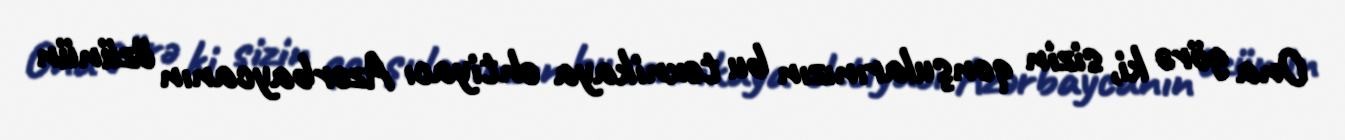
Ona görə ki, sizin qonşularınızın bu texnikaya ehtiyacı Azərbaycanın özünün